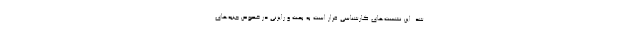
شد. این نشست‌های کارشناسی قرار است به بحث و رایزنی در خصوص جنبه‌های